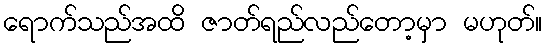
ရောက်သည်အထိ ဇာတ်ရည်လည်တော့မှာ မဟုတ်။